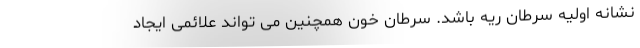
نشانه اولیه سرطان ریه باشد. سرطان خون همچنین می تواند علائمی ایجاد